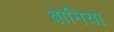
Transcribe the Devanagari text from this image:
बोनिया